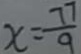
x = \frac { 7 7 } { 9 }